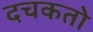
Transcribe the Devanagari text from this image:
दचकतो